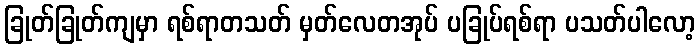
ခြုတ်ခြုတ်ကျမှာ ရစ်ရာတသတ် မှတ်လေတအုပ် ပခြုပ်ရစ်ရာ ပသတ်ပါလော့